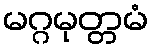
မဂ္ဂမုတ္တမံ